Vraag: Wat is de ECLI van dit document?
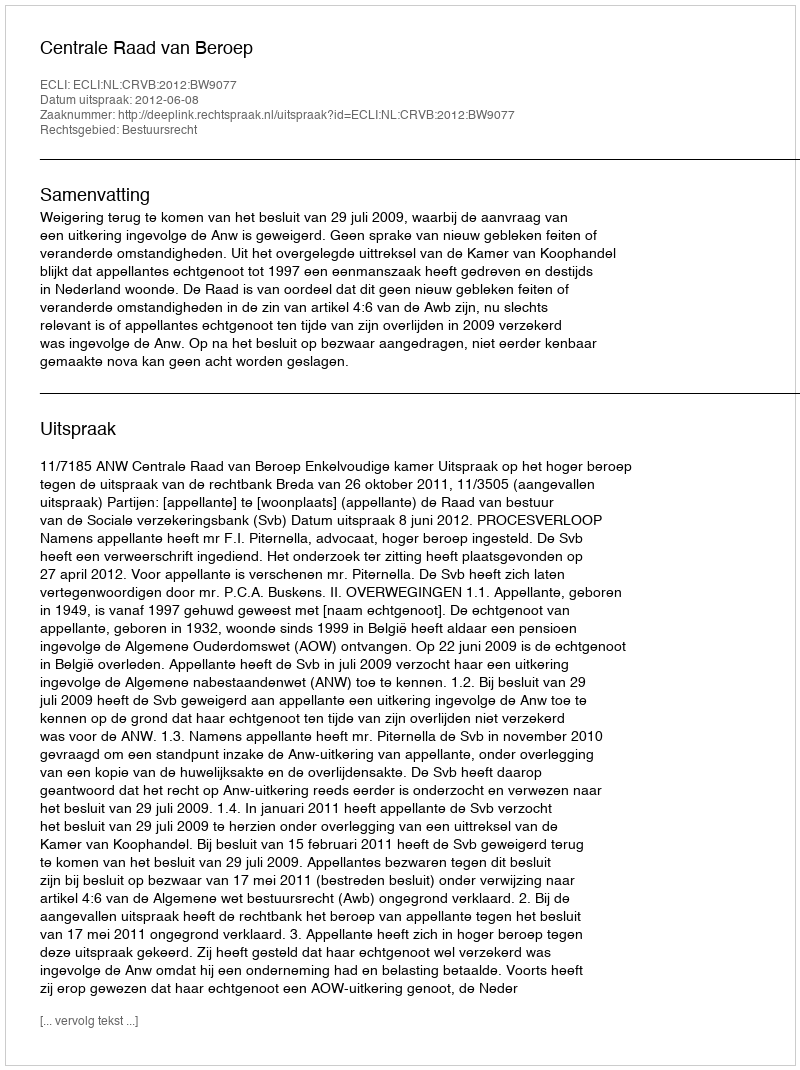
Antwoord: ECLI:NL:CRVB:2012:BW9077